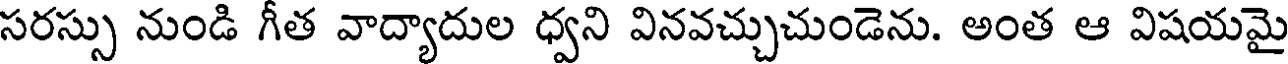
సరస్సు నుండి గీత వాద్యాదుల ధ్వని వినవచ్చుచుండెను. అంత ఆ విషయమై